Studies on the mouth parts a Comparative anatomy of the proboscis in the blood-sucking muscidae - Number 60
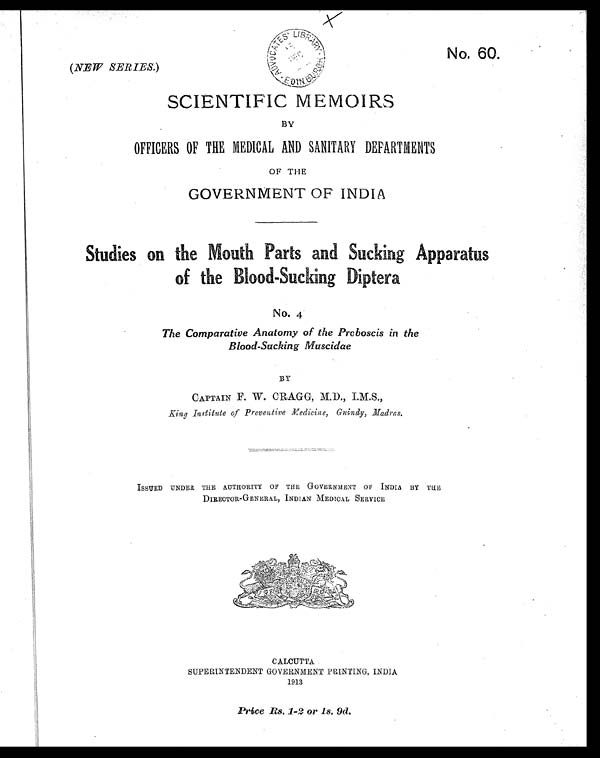
No. 60.
(NEW SERIES.)
SCIENTIFIC MEMOIRS
BY
OFFICERS OF THE MEDICAL AND SANITARY DEPARTMENTS
OF THE
GOVERNMENT OF INDIA
Studies on the Mouth Parts and Sucking Apparatus
of the Blood-Sucking Diptera
No. 4
The Comparative Anatomy of the Proboscis in the
Blood-Sucking Muscidae
BY
CAPTAIN F. W. CRAGG, M.D., I.M.S.,
King Institute of Preventive Medicine, Guindy,
ISSUED UNDER THE AUTHORITY OF THE GOVERNMENT OF INDIA BY THE
DIRECTOR-GENERAL, INDIAN MEDICAL SERVICE
CALCUTTA
SUPERINTENDENT GOVERNMENT PRINTING, INDIA
1913
Price Rs. 1-2 or 1s. 9d.